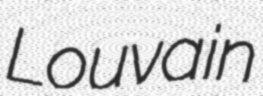
Louvain